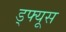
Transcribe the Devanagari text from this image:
ड्फ्यूस